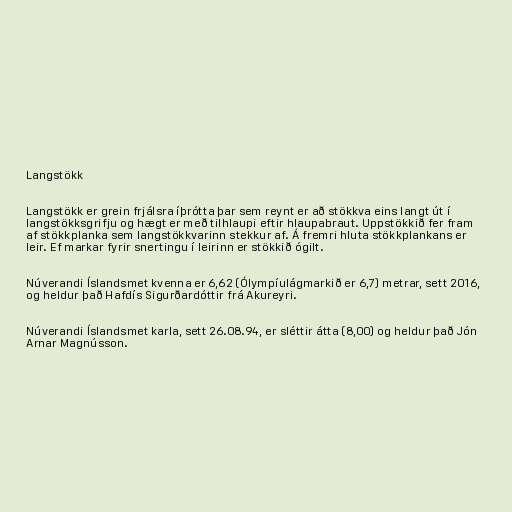
Langstökk

Langstökk er grein frjálsra íþrótta þar sem reynt er að stökkva eins langt út í
langstökksgrifju og hægt er með tilhlaupi eftir hlaupabraut. Uppstökkið fer fram
af stökkplanka sem langstökkvarinn stekkur af. Á fremri hluta stökkplankans er
leir. Ef markar fyrir snertingu í leirinn er stökkið ógilt.

Núverandi Íslandsmet kvenna er 6,62 (Ólympíulágmarkið er 6,7) metrar, sett 2016,
og heldur það Hafdís Sigurðardóttir frá Akureyri.

Núverandi Íslandsmet karla, sett 26.08.94, er sléttir átta (8,00) og heldur það Jón
Arnar Magnússon.